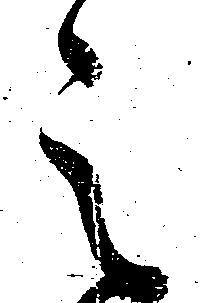
之